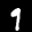
Label: 9